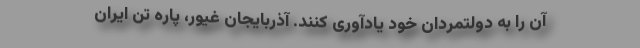
آن را به دولتمردان خود یادآوری کنند. آذربایجان غیور، پاره تن ایران